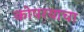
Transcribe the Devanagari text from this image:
कोपरयाचा